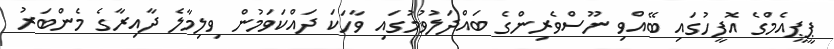
ޕީޕީއެމްގެ އޮފީހުގައި ބޭއްވި ނޫސްވެރިންގެ ބައްދަލުވުމުގައި ވާހަކަ ދައްކަވަމުން ވިލިމާލެ ދާއިރާގެ މެންބަރު